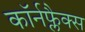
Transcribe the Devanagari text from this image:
कॉर्नफ्लैक्स